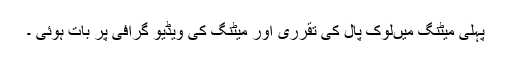
پہلی میٹنگ میںلوک پال کی تقرری اور میٹنگ کی ویڈیو گرافی پر بات ہوئی ۔